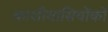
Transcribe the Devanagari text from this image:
काशीवासियोंको